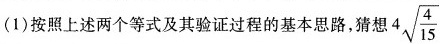
(1)按照上述两个等式及其验证过程的基本思路，猜想$$4 \sqrt { \frac { 4 } { 15 } }$$